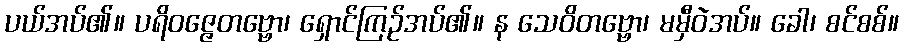
ပယ်အပ်၏။ ပရိဝဇ္ဇေတဗ္ဗော၊ ရှောင်ကြဉ်အပ်၏။ န သေဝိတဗ္ဗော၊ မမှီဝဲအပ်။ ခေါ၊ စင်စစ်။